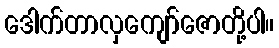
ဒေါက်တာလှကျော်ဇောတို့ပါ။